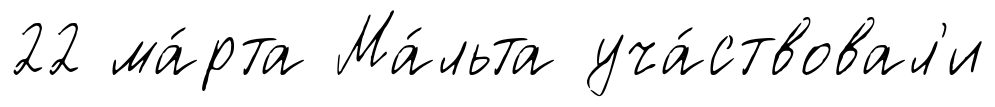
22 ма́рта Ма́льта уча́ствовал'и